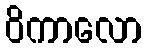
ဝိကာလော